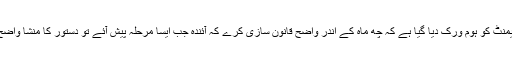
پارلیمنٹ کو ہوم ورک دیا گیا ہے کہ چھ ماہ کے اندر واضح قانون سازی کرے کہ آئندہ جب ایسا مرحلہ پیش آئے تو دستور کا منشا واضح ہو۔